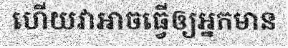
ហើយវាអាចធ្វើឲ្យអ្នកមាន